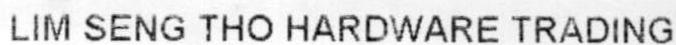
LIM SENG THO HARDWARE TRADING